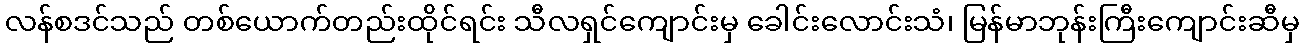
လန်စဒင်သည် တစ်ယောက်တည်းထိုင်ရင်း သီလရှင်ကျောင်းမှ ခေါင်းလောင်းသံ၊ မြန်မာဘုန်းကြီးကျောင်းဆီမှ